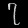
Digit: ၇